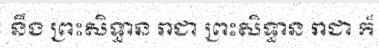
នឹង ព្រះសិទ្ធាន រាជា ព្រះសិទ្ធាន រាជា ក៏